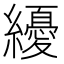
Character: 纋